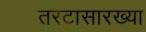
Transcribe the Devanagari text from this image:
तरटासारख्या